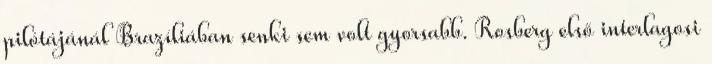
pilótájánál Brazíliában senki sem volt gyorsabb. Rosberg első interlagosi